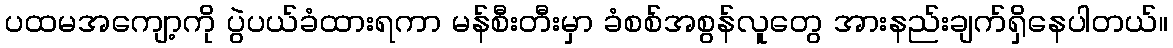
ပထမအကျော့ကို ပွဲပယ်ခံထားရကာ မန်စီးတီးမှာ ခံစစ်အစွန်လူတွေ အားနည်းချက်ရှိနေပါတယ်။